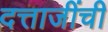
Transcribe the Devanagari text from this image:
दत्ताजींची